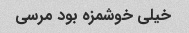
خیلی خوشمزه بود مرسی